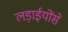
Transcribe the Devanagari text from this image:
लड़ाईयोंसे